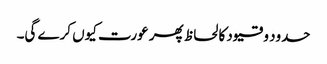
حدود و قیود کا لحاظ پھر عورت کیوں کرے گی۔